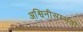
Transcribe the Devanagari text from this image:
अश्विनीसम्भवो